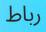
رباط